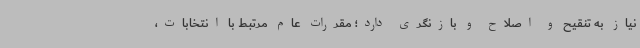
نیاز به تنقیح و اصلاح و بازنگری دارد؛ مقررات عام مرتبط با انتخابات،